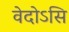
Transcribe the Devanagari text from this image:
वेदोऽसि